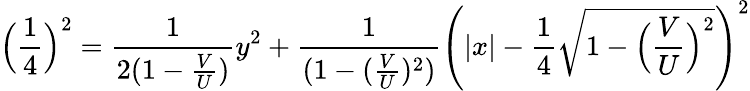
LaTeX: \Big(\frac{1}{4}\Big)^{2}=\frac{1}{2(1-\frac{V}{U})}y^{2}+\frac{1}{(1-(\frac{V}{U})^{2})}\Bigg(|x|-\frac{1}{4}\sqrt{1-\Big(\frac{V}{U}\Big)^{2}}\Bigg)^{2}